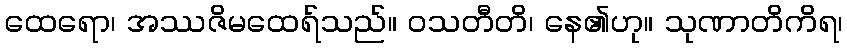
ထေရော၊ အဿဇိမထေရ်သည်။ ဝသတီတိ၊ နေ၏ဟု။ သုဏာတိကိရ၊